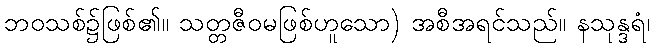
ဘဝသစ်၌ဖြစ်၏။ သတ္တဇီဝမဖြစ်ဟူသော) အစီအရင်သည်။ နသုန္ဒရံ၊